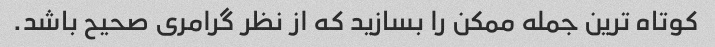
کوتاه ترین جمله ممکن را بسازید که از نظر گرامری صحیح باشد.